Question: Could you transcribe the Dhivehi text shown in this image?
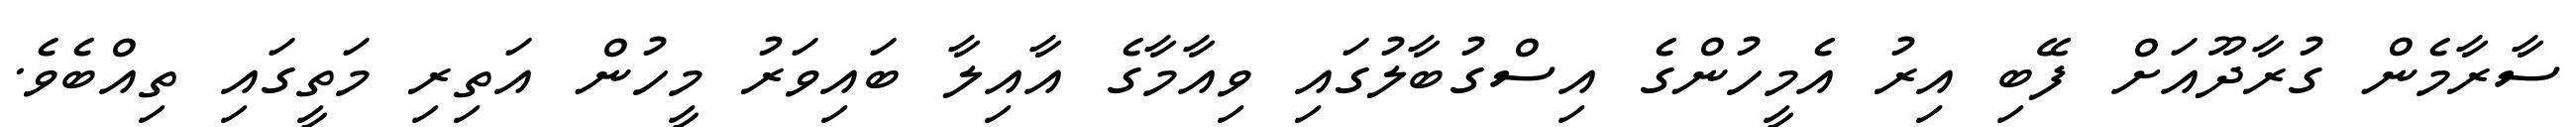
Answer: ސާރާމެން ގުރާދޫއަށް ފޭބި އިރު އެމީހުންގެ އިސްގުބާލުގައި ވިއާމާގެ އާއިލާ ބައިވަރު މީހުން އަތިރި މަތީގައި ތިއްބެވެ.